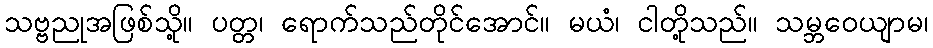
သဗ္ဗညုအဖြစ်သို့။ ပတ္တ၊ ရောက်သည်တိုင်အောင်။ မယံ၊ ငါတို့သည်။ သမ္ဘဝေယျာမ၊